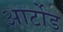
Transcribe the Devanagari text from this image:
आर्टोड